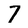
Character: 7